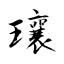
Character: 瓖